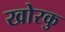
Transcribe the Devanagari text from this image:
खोरकु